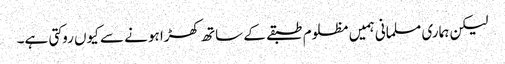
لیکن ہماری مسلمانی ہمیں مظلوم طبقے کے ساتھ کھڑا ہونے سے کیوں روکتی ہے۔